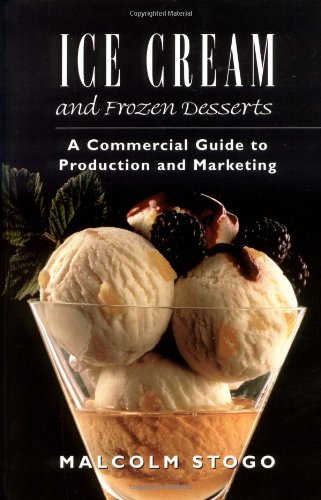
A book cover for Ice Cream and Frozen Deserts: A Commercial Guide to Production and Marketing; Malcolm Stogo; Cookbooks, Food & Wine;